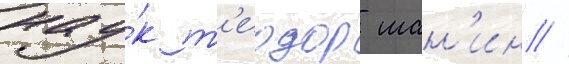
нау́к т'еодор шан'ин //